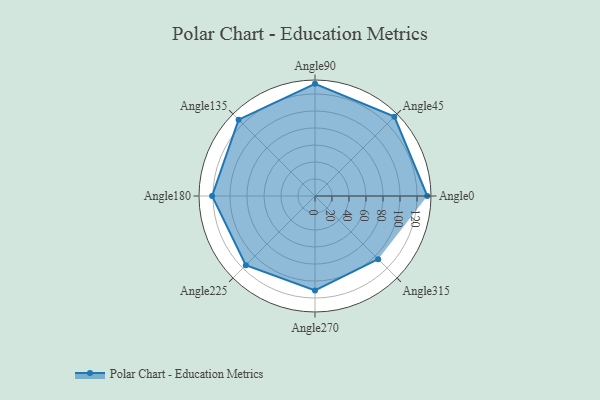
{"axis": {"x": "Angle", "y": "Radius"}, "legend": [""], "data": [{"x": "Angle0", "y": 132.0, "type": ""}, {"x": "Angle45", "y": 132.0, "type": ""}, {"x": "Angle90", "y": 132.0, "type": ""}, {"x": "Angle135", "y": 127.0, "type": ""}, {"x": "Angle180", "y": 121.0, "type": ""}, {"x": "Angle225", "y": 115.0, "type": ""}, {"x": "Angle270", "y": 111.0, "type": ""}, {"x": "Angle315", "y": 105.0, "type": ""}]}